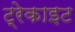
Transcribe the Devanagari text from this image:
ट्रेकाइट